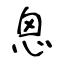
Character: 恖